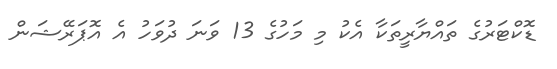
ޑޮކްޓަރުގެ ތައްޔާރީތަކާ އެކު މި މަހުގެ 13 ވަނަ ދުވަހު އެ އޮޕަރޭޝަން